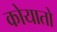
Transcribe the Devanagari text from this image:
कोयातो